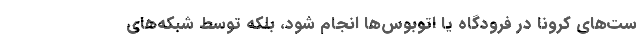
ست‌های کرونا در فرودگاه یا اتوبوس‌ها انجام شود، بلکه توسط شبکه‌های